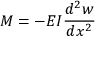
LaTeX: M = - E I { \frac { d ^ { 2 } w } { d x ^ { 2 } } }